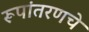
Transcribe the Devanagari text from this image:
रूपांतरणचे